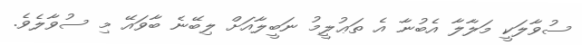
ސުވާލަކީ މަލާލާ އެބުނާ އެ ތަޢުލީމު ނަބީލާއަށް ލިބޭނެ ބާވައޭ މި ސުވާލެވެ.